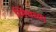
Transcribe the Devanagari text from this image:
स्मिथच्या